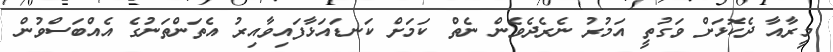
މީރާއާ ދެކޮޅަށް ވަގުތީ އަމުރު ނެރެދެވެން ނެތް ކަމަށް ކަނޑައަޅާފައިވާއިރު އެތަންތަނުގެ އެއްބަސްވުން